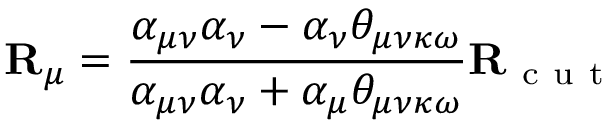
\mathbf { R } _ { \mu } = \frac { \alpha _ { \mu \nu } \alpha _ { \nu } - \alpha _ { \nu } \theta _ { \mu \nu \kappa \omega } } { \alpha _ { \mu \nu } \alpha _ { \nu } + \alpha _ { \mu } \theta _ { \mu \nu \kappa \omega } } \mathbf { R } _ { \mathrm { ~ c ~ u ~ t ~ } }